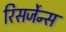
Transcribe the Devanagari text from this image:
रिसर्जेन्स